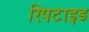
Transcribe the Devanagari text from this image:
रिपटाइड